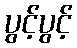
ပွင့်ပွင့်